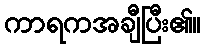
ကာရကအချီပြီး၏။